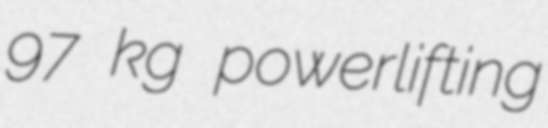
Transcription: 97 kg powerlifting